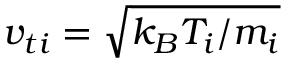
v _ { t i } = \sqrt { k _ { B } T _ { i } / m _ { i } }